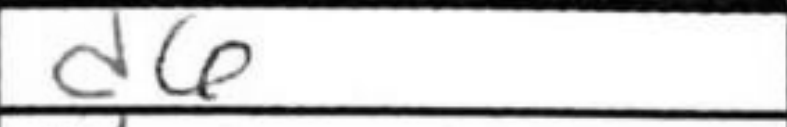
Transcription: d6